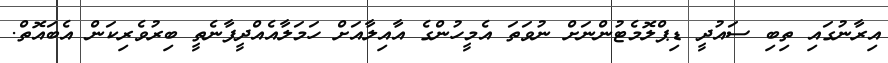
އިރާނުގައި ތިބި ސައުދީ ޑިޕްލޮމެޓުންނަށް ނުވަތަ އެމީހުންގެ އާއިލާއަށް ހަމަލާއެއްދީފާނެތީ ބިރުވެރިކަން އެބައޮތް.